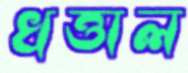
খত্তাল